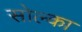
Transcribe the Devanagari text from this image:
सोल्का